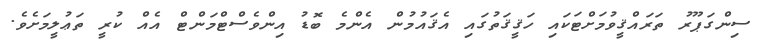
ސިންގަޕޫރު ތަރައްޤީވުމަށްޓަކައި ހަޤީޤަތުގައި އެޤައުމުން އެންމެ ބޮޑު އިންވެސްޓްމަންޓް އެއް ކުރީ ތަޢުލީމަށެވެ.